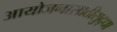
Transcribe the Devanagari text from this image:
आयोजनासाठीसुद्धा